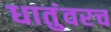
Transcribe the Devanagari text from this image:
धातुंवरच